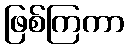
ဖြစ်ကြကာ